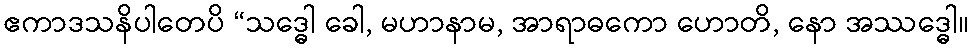
ဧကာဒသနိပါတေပိ “သဒ္ဓေါ ခေါ, မဟာနာမ, အာရာဓကော ဟောတိ, နော အဿဒ္ဓေါ။